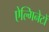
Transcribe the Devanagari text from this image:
ऐल्गिनेटों